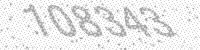
Solution: 108343